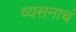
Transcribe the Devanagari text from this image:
व्यसनाचं